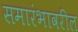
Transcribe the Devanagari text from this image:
समारंभावरील